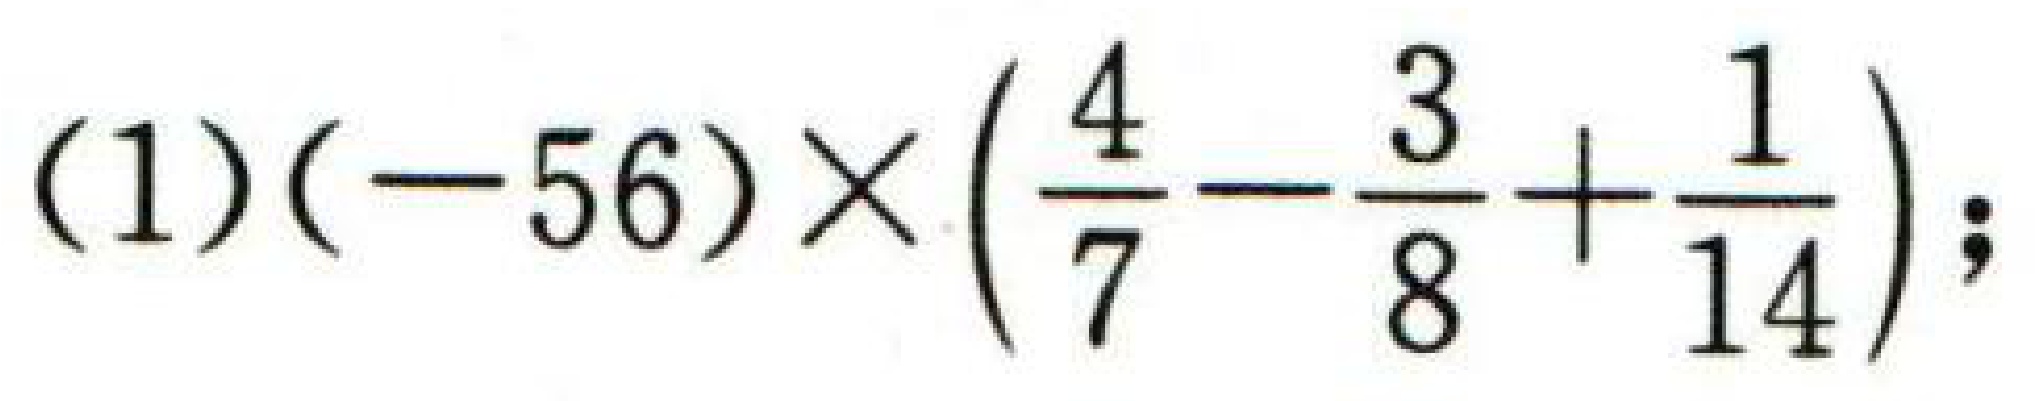
(1)\((-56)\times\left(\dfrac{4}{7}-\dfrac{3}{8}+\dfrac{1}{14}\right);\)